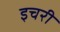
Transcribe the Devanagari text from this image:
इचरी